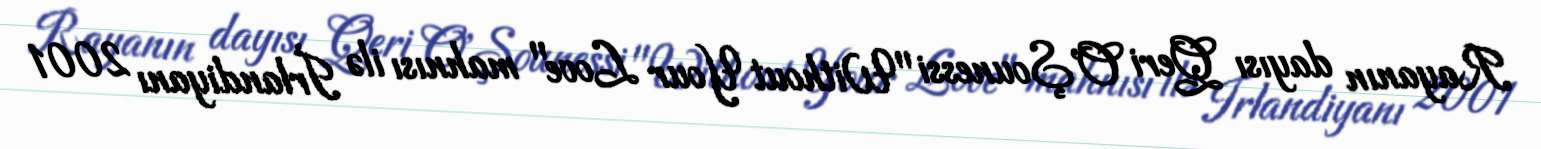
Rayanın dayısı Qeri O'Şounessi "Without Your Love" mahnısı ilə İrlandiyanı 2001